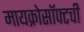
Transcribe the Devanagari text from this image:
मायक्रोसॉफ्टची